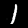
Label: 1